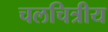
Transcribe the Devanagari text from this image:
चलचित्रीय